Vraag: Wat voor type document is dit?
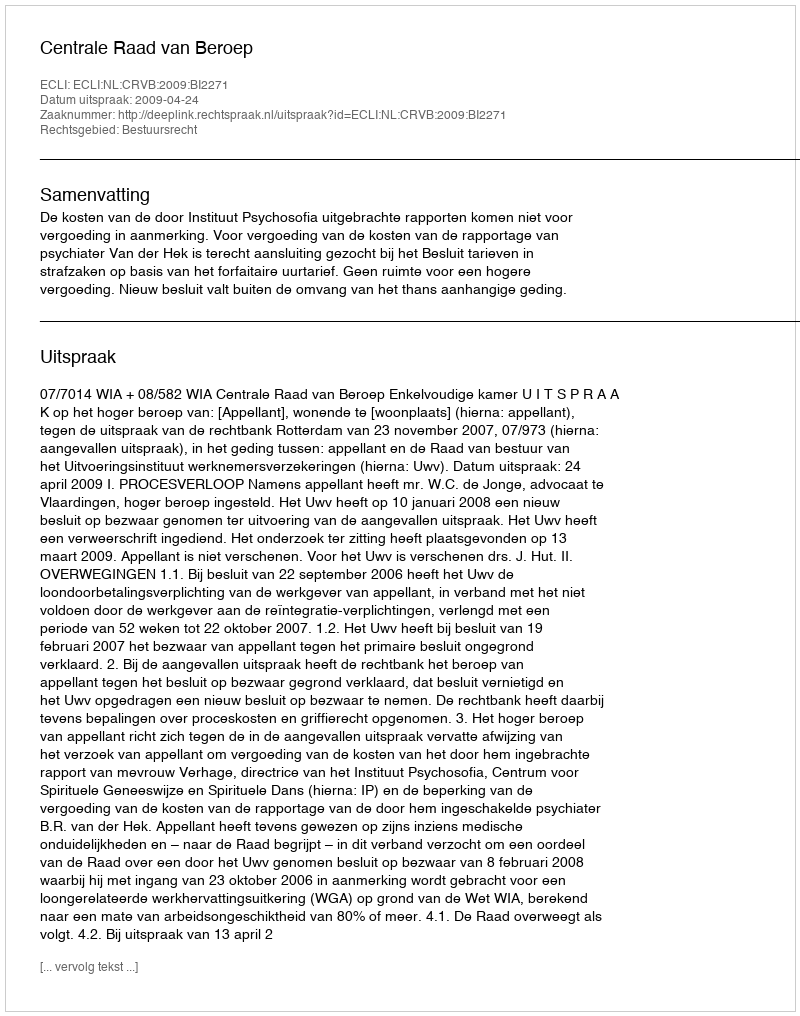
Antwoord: Uitspraak